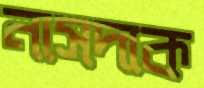
নাসদাক